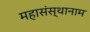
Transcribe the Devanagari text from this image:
महासंस्थानाम